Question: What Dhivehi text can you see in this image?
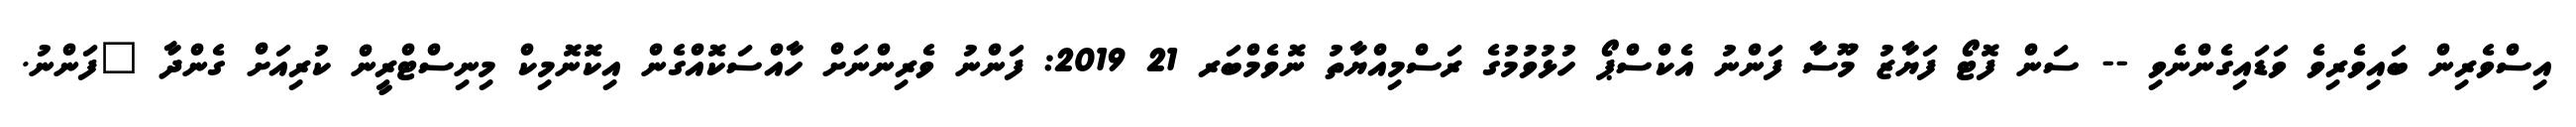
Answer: އިސްވެރިން ބައިވެރިވެ ވަޑައިގެންނެވި -- ސަން ފޮޓޯ ފަޔާޒު މޫސާ ފަންނު އެކްސްޕޯ ހުޅުވުމުގެ ރަސްމިއްޔާތު ނޮވެމްބަރ 21 2019: ފަންނު ވެރިންނަށް ހާއްސަކޮއްގެން އިކޮނޮމިކް މިނިސްޓްރީން ކުރިއަށް ގެންދާ "ފަންނު.